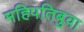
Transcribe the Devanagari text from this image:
महिपतिबुवा